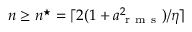
n \geq n ^ { \star } = \lceil 2 ( 1 + a _ { \mathrm { ~ r ~ m ~ s ~ } } ^ { 2 } ) / \eta \rceil